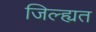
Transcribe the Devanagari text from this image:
जिल्ह्यत